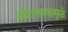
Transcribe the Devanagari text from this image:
बेशिस्तपणामुळे